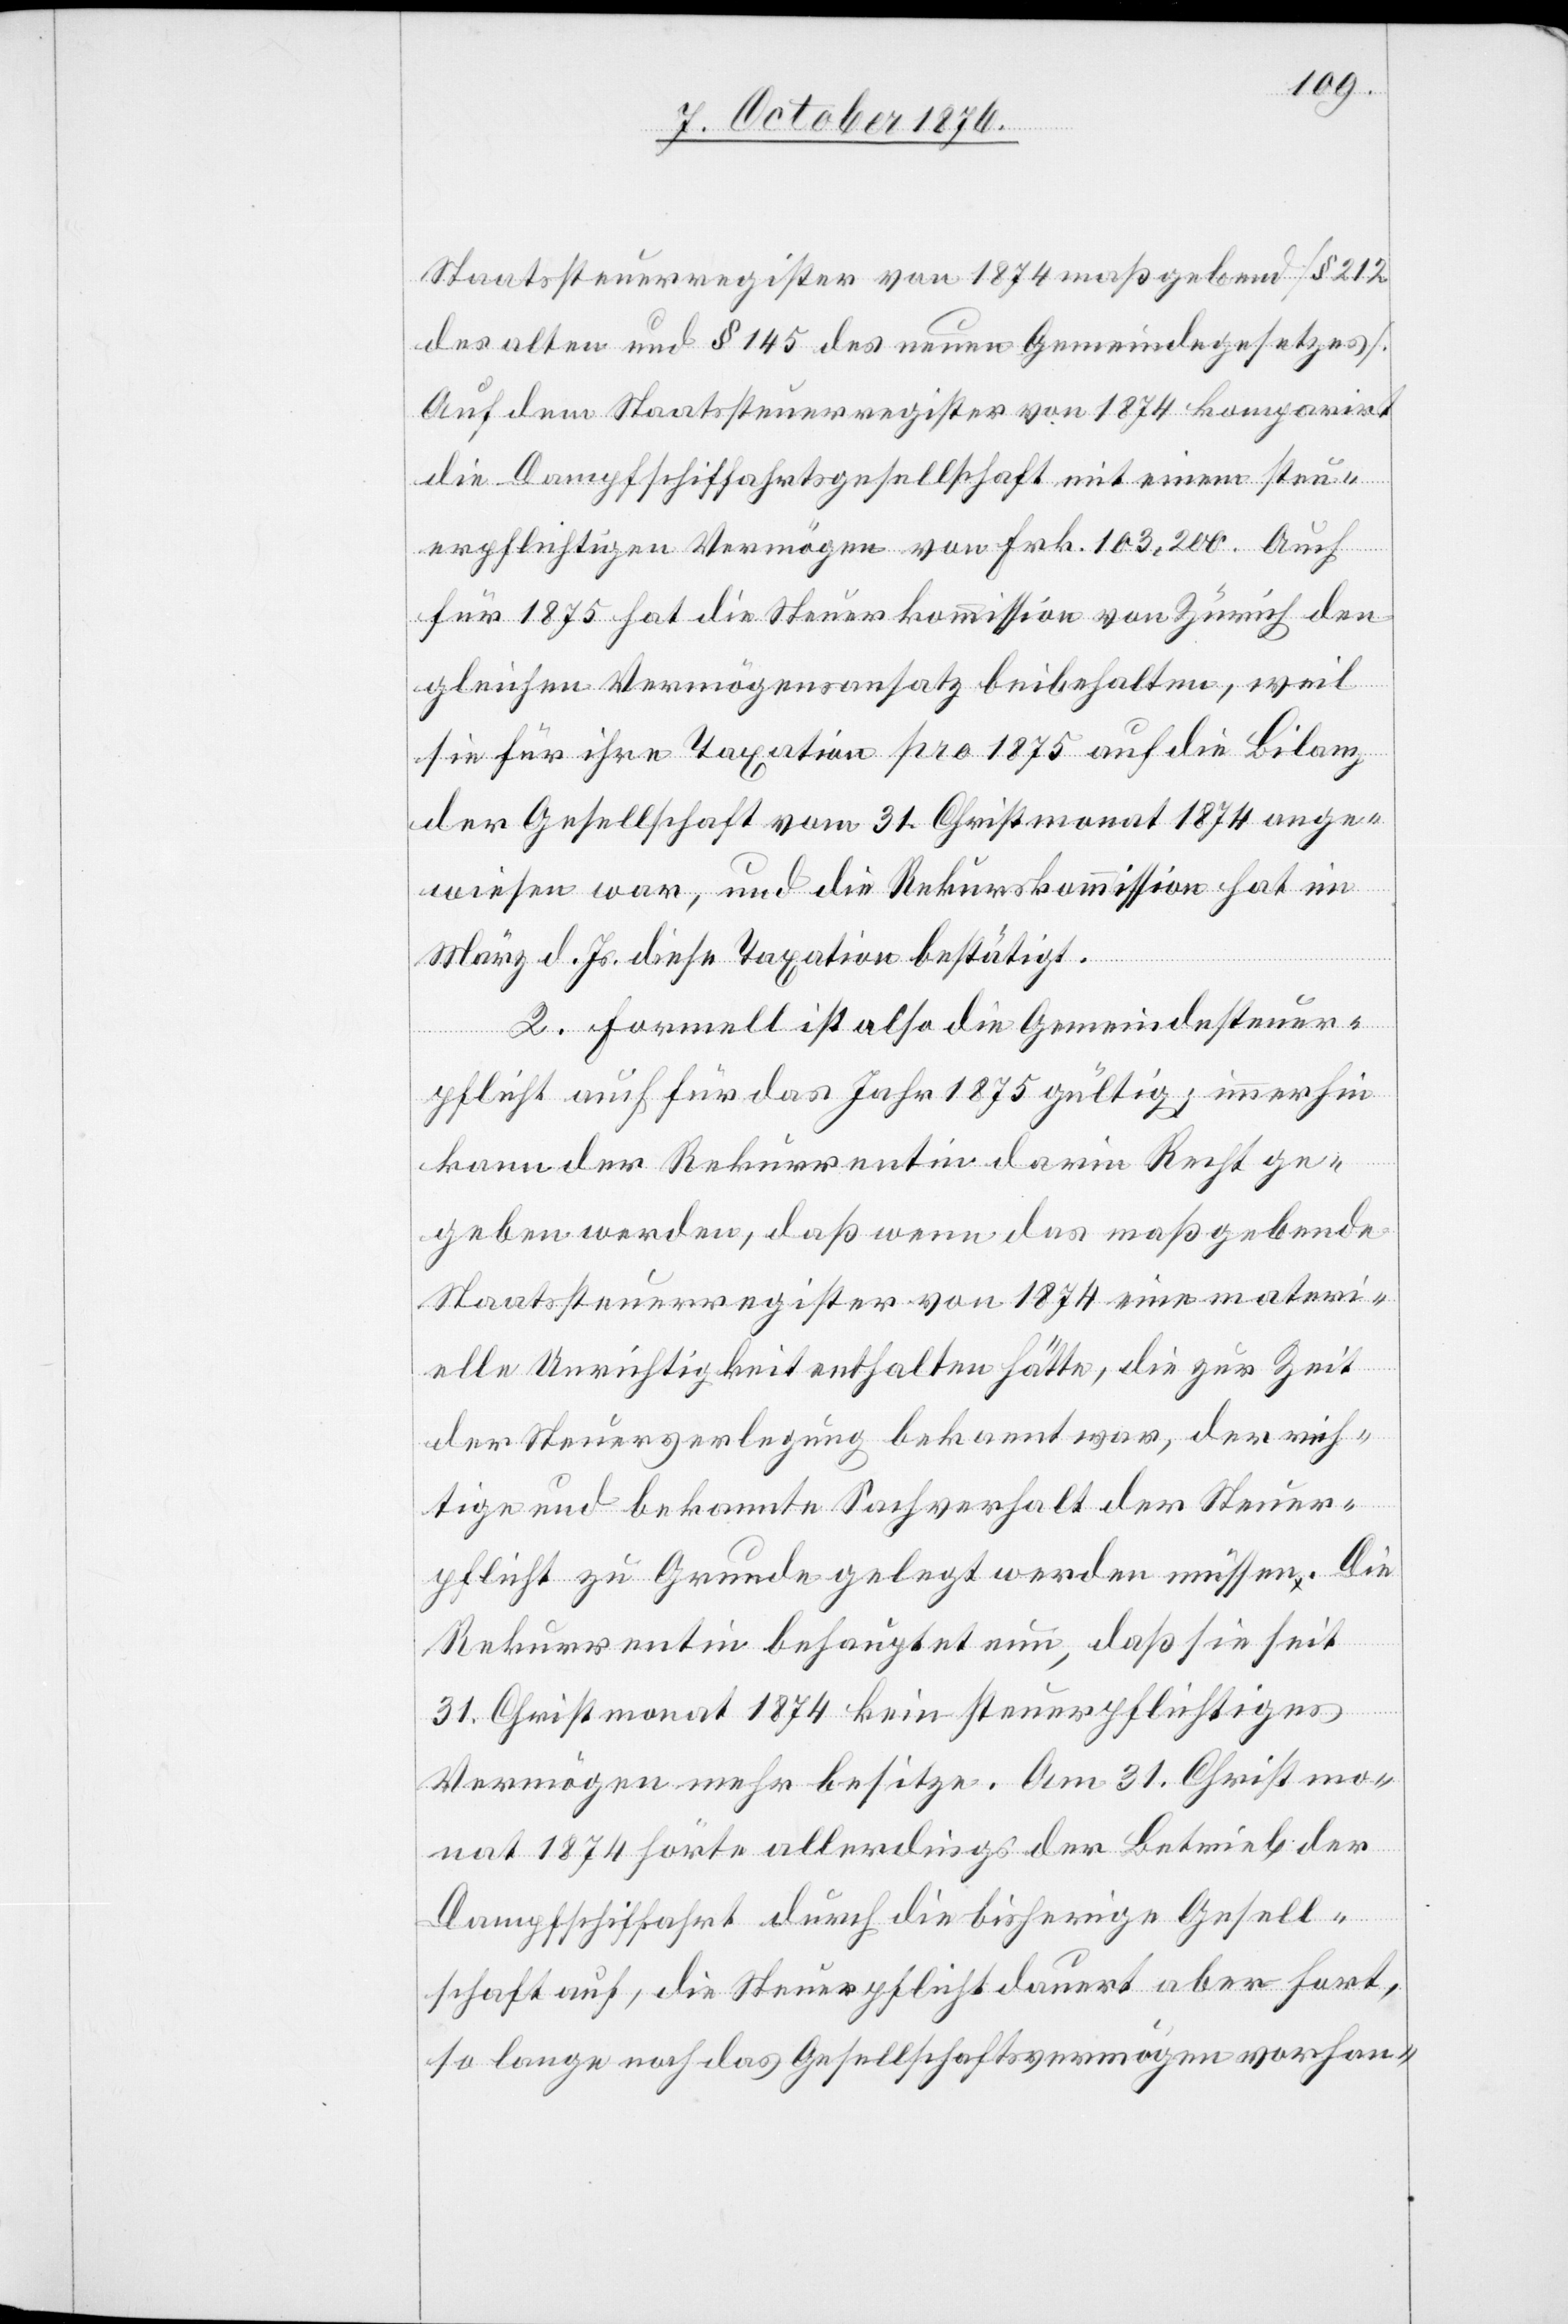
Staatssteuerregister von 1874 maßgebend [§ 212
des alten und § 145 des neuen Gemeindegesetzes].
Auf dem Staatssteuerregister von 1874 komparirt
die Dampfschiffahrtsgesellschaft mit einem steu¬
erpflichtigen Vermögen von Frk. 103,200. Auch
für 1875 hat die Steuerkommission von Zürich den
gleichen Vermögensansatz beibehalten, weil
sie für ihre Taxation pro 1875 auf die Bilanz
der Gesellschaft vom 31. Christmonat 1874 ange¬
wiesen war, und die Rekurskommission hat im
März d. Js. diese Taxation bestätigt.
2. Formell ist also die Gemeindesteuer¬
pflicht auch für das Jahr 1875 gültig; immerhin
kann der Rekurrentin darin Recht ge¬
geben werden, daß wenn das maßgebende
Staatssteuerregister von 1874 eine materi¬
elle Unrichtigkeit enthalten hätte, die zur Zeit
der Steuerverlegung bekannt war, der rich¬
tige und bekannte Sachverhalt der Steuer¬
pflicht [hätte] zu Grunde gelegt werden müssen. Die
Rekurrentin behauptet nun, daß sie seit
31. Christmonat 1874 kein steuerpflichtiges
Vermögen mehr besitze. Am 31. Christmo¬
nat 1874 hörte allerdings der Betrieb der
Dampfschiffahrt durch die bisherige Gesell¬
schaft auf, die Steuerpflicht dauert aber fort,
so lange noch das Gesellschaftsvermögen vorhan-